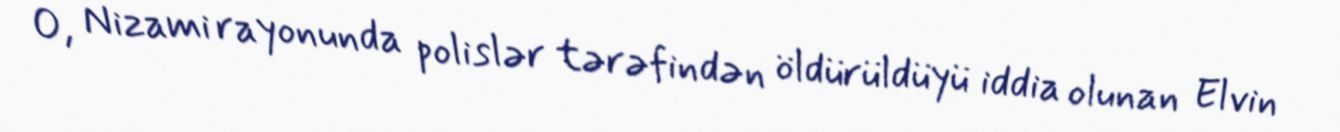
O, Nizami rayonunda polislər tərəfindən öldürüldüyü iddia olunan Elvin